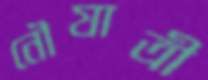
নৌযাত্রী